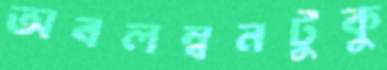
অবলম্বনটুকু